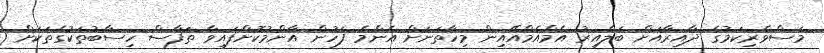
މަސްވެރިކަމުގެ ދާއިރާއަށް ބަލާއިރު އެމްއެމްއޭއިން މިހާތަނަށް އެންމެ ފަހުން އާންމުކޮށްފައިވާ ތަފާސް ހިސާބުތަކުގެތަކަށް